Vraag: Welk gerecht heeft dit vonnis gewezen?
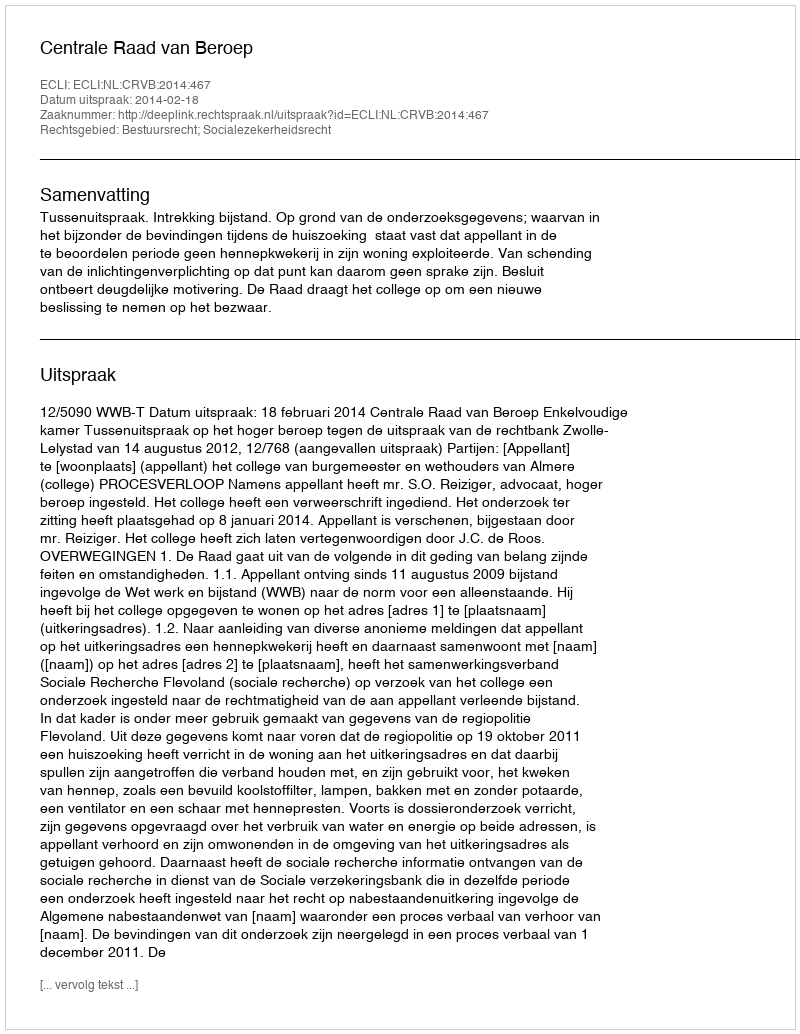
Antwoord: Centrale Raad van Beroep